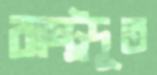
রাষ্ট্রদূত